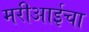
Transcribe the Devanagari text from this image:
मरीआईचा